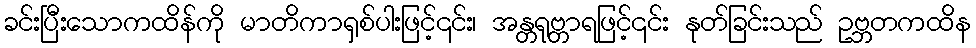
ခင်းပြီးသောကထိန်ကို မာတိကာရှစ်ပါးဖြင့်၎င်း၊ အန္တရုဗ္တာရဖြင့်၎င်း နုတ်ခြင်းသည် ဥဗ္ဘတကထိန